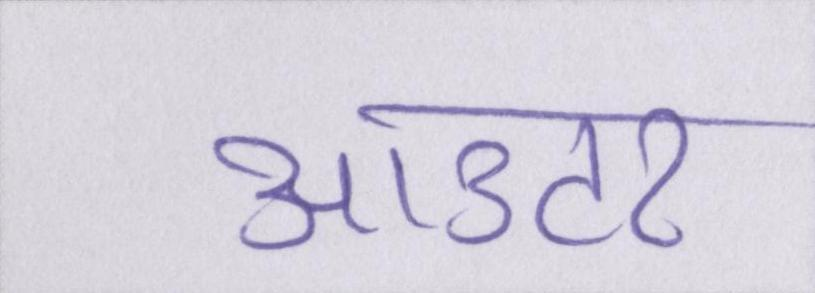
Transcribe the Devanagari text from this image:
आउटर